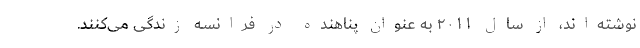
نوشته‌اند، از سال ۲۰۱۱ به عنوان پناهنده در فرانسه زندگی می‌کنند.